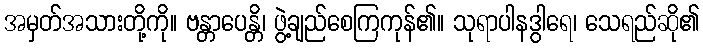
အမှတ်အသားတို့ကို။ ဗန္တာပေန္တိ၊ ဖွဲ့ချည်စေကြကုန်၏။ သုရာပါနဒွါရေ၊ သေရည်ဆို၏